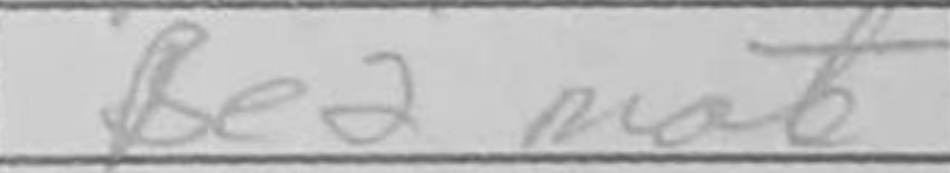
Transcription: Be2